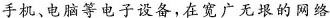
手机、电脑等电子设备。在宽广无垠的网络